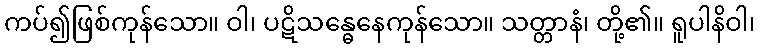
ကပ်၍ဖြစ်ကုန်သော။ ဝါ၊ ပဋိသန္ဓေနေကုန်သော။ သတ္တာနံ၊ တို့၏။ ရူပါနိဝါ၊